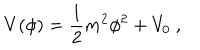
V ( \phi ) = { \frac { 1 } { 2 } } m ^ { 2 } \phi ^ { 2 } + V _ { 0 } \ ,